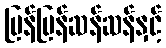
မြန်မြန်ဆန်ဆန်နှင့်